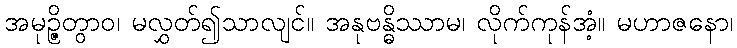
အမုဉ္ဇိတွာဝ၊ မလွှတ်၍သာလျင်။ အနုဗန္ဓိဿာမ၊ လိုက်ကုန်အံ့။ မဟာဇနော၊